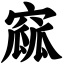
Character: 窳